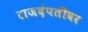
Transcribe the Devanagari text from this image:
राजदंपतीवर